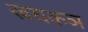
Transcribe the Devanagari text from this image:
खघकञ